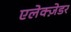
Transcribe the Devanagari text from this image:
एलेक्ज़ेडर